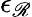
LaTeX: \epsilon_{\mathscr{R}}